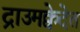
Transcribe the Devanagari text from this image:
द्राउमक्वेदेत